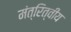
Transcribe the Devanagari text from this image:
मंत्रित्वीय